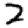
Digit: 2